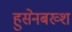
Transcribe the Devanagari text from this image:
हुसेनबख्श